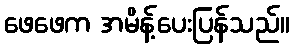
ဖေဖေက အမိန့်ပေးပြန်သည်။